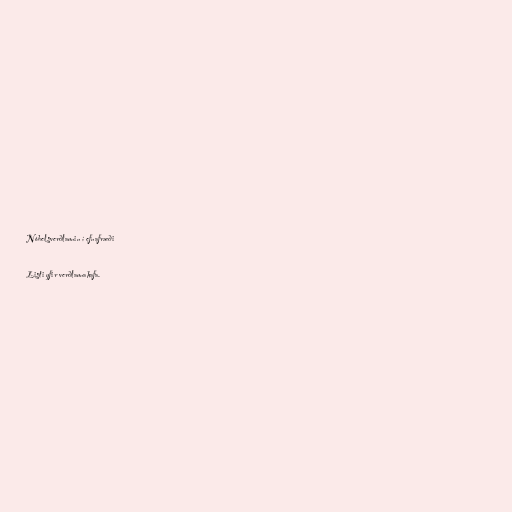
Nóbelsverðlaunin í efnafræði

Listi yfir verðlaunahafa.